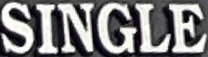
SINGLE